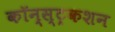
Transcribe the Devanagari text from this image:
कॉन्स्ट्रकशन